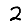
Digit: 2